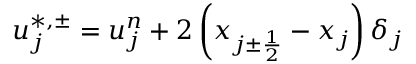
u _ { j } ^ { \ast , \pm } = u _ { j } ^ { n } + 2 \left( x _ { j \pm \frac { 1 } { 2 } } - x _ { j } \right) \delta _ { j }